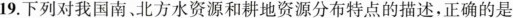
19.下列对我国南、北方水资源和耕地资源分布特点的描述，正确的是